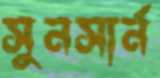
সুনসার্ন